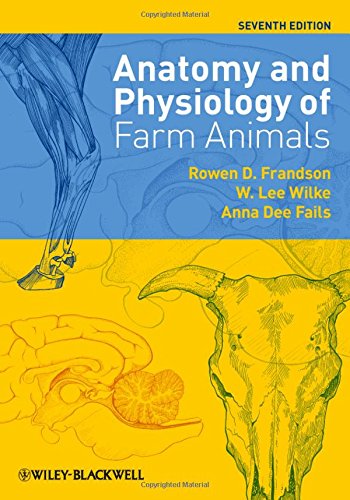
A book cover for Anatomy and Physiology of Farm Animals; Rowen D. Frandson; Medical Books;